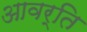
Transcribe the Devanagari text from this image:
आवर्ति